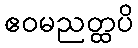
ဧဝမညတ္ထပိ